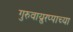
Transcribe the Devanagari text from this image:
गुरुवाय्रुरप्पाच्या